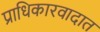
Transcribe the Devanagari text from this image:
प्राधिकारवादात